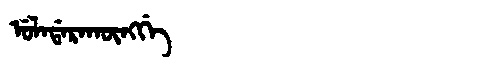
Manchu: ᡠᠯᠠᡩᠠᡵᠠᡴᡡᠩᡤᡝ
Romanization: ULADARAKŪNGGE